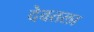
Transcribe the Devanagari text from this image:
देवतला